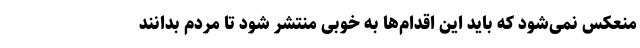
منعکس نمی‌شود که باید این اقدام‌ها به خوبی منتشر شود تا مردم بدانند